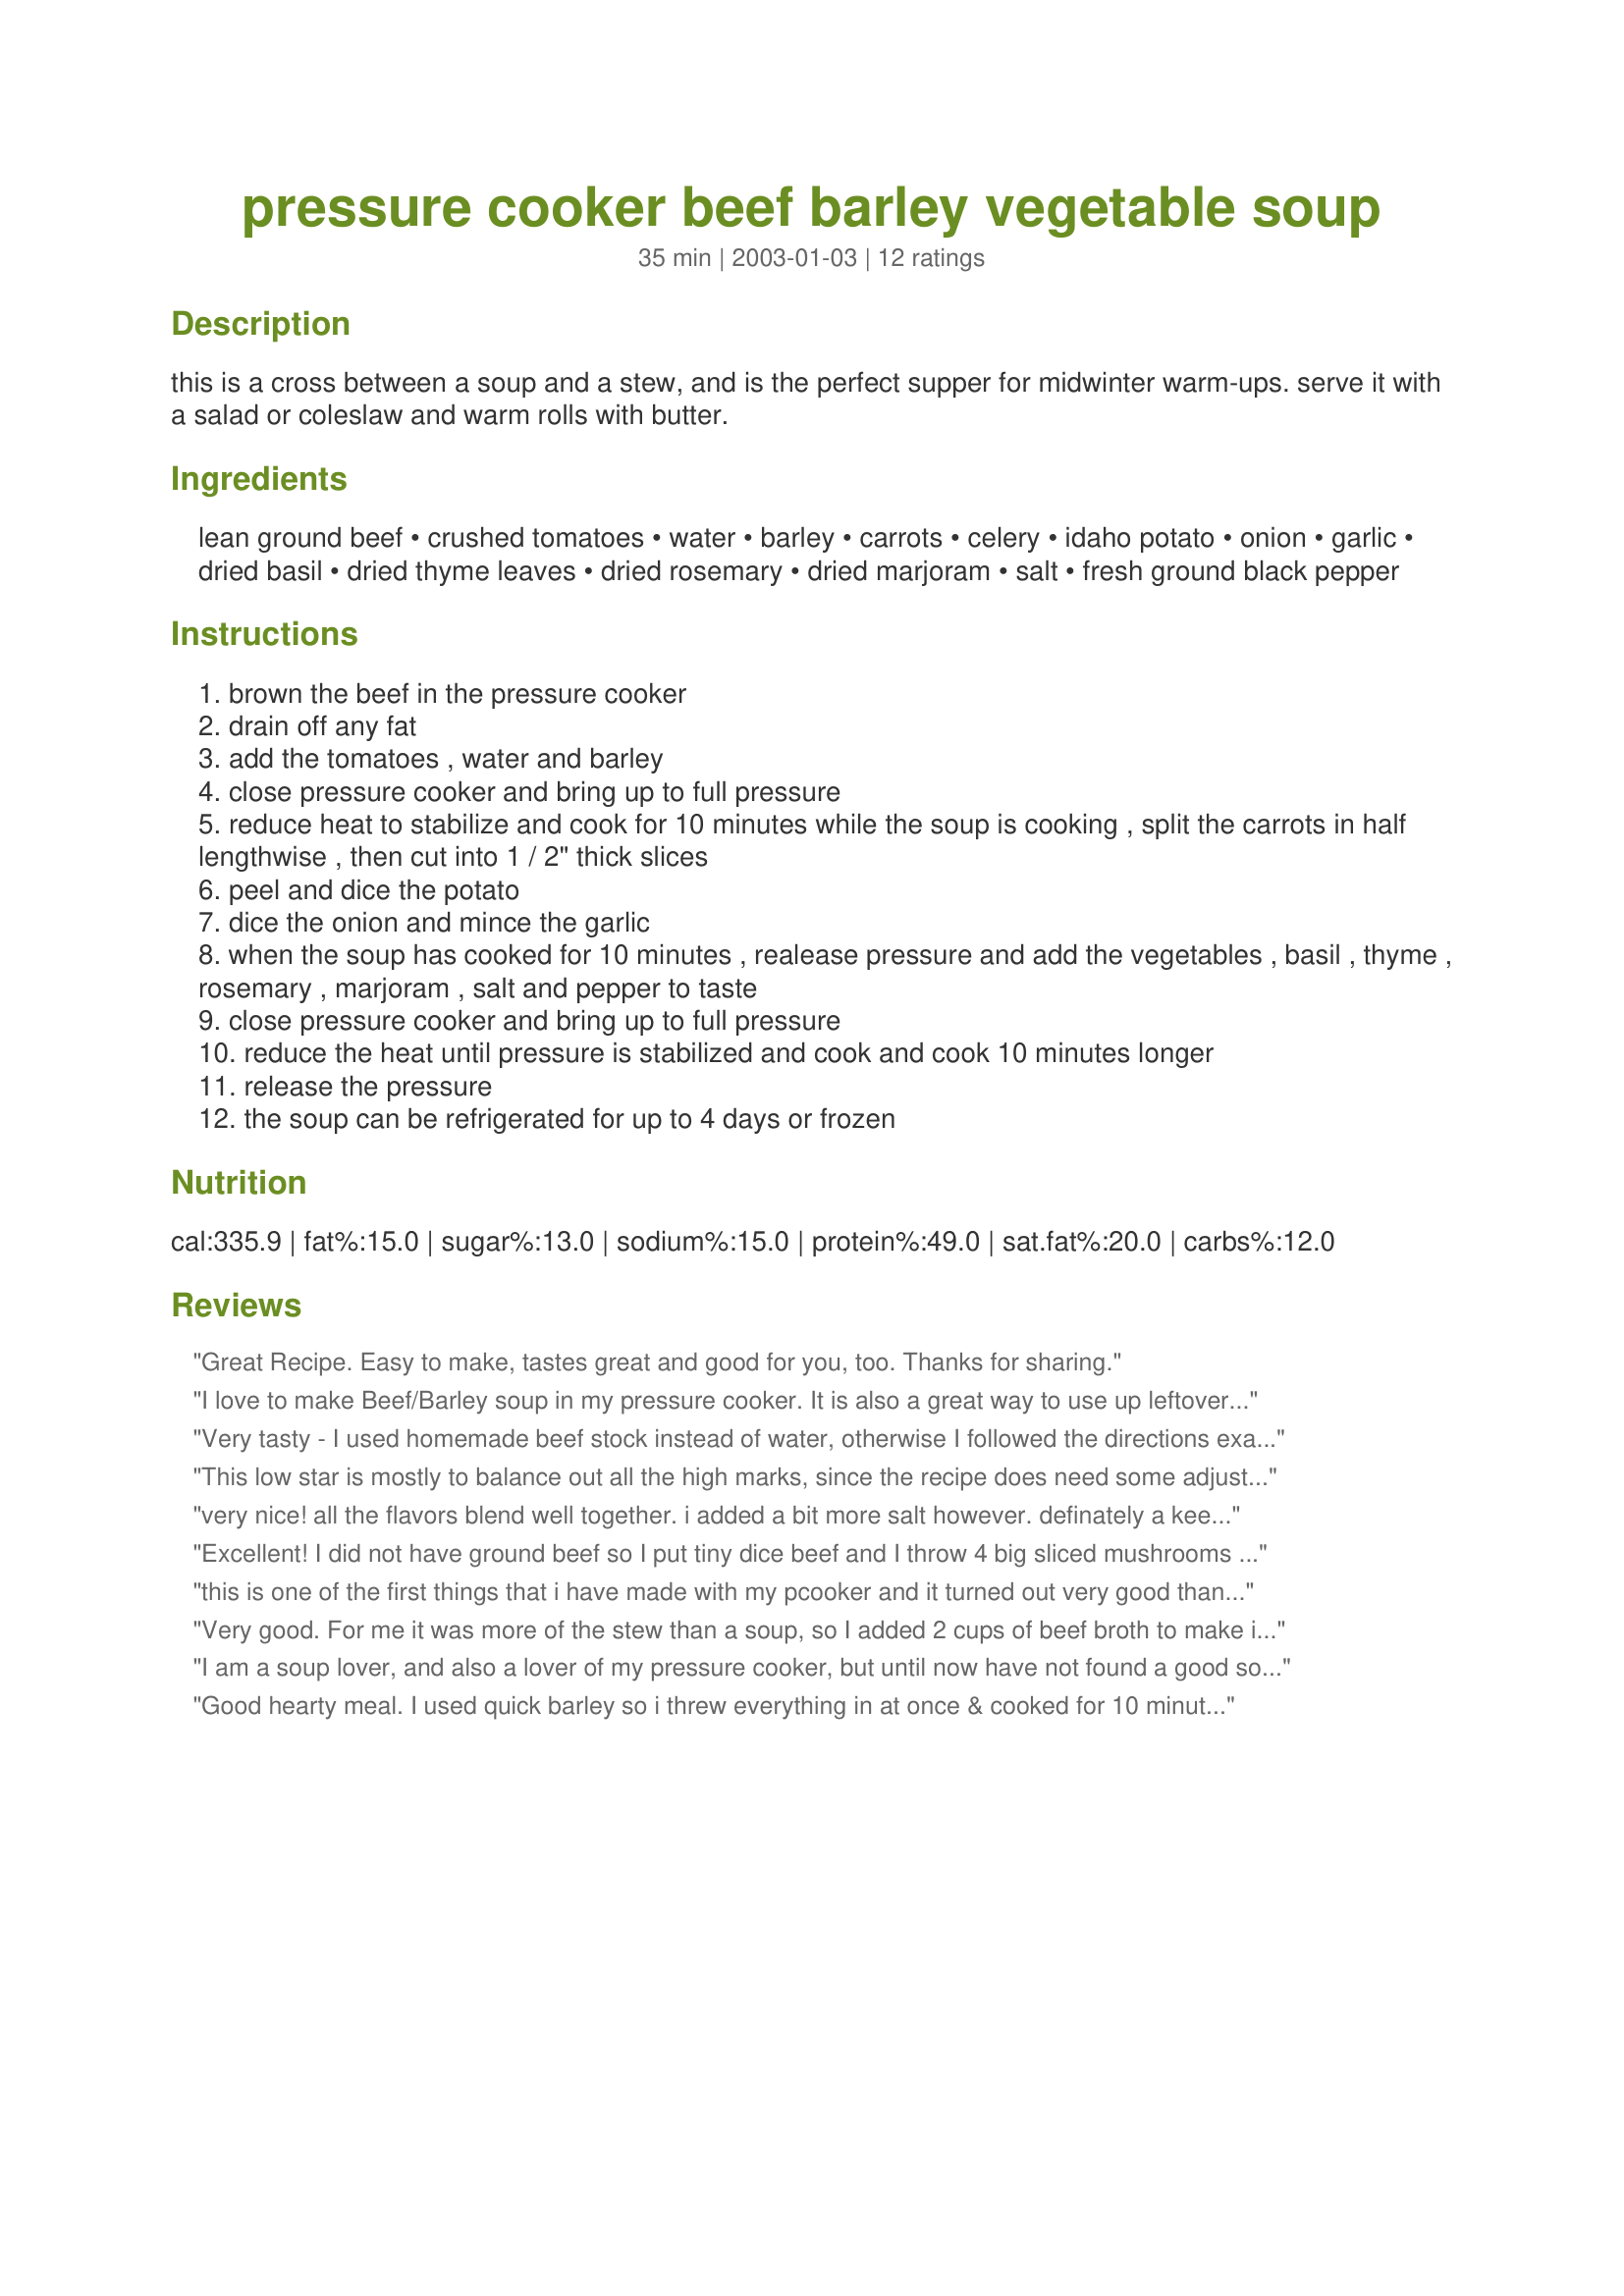
pressure cooker beef barley vegetable soup
Preparation time: 35 minutes

this is a cross between a soup and a stew, and is the perfect supper for midwinter warm-ups. serve it with a salad or coleslaw and warm rolls with butter.

Ingredients:
lean ground beef, crushed tomatoes, water, barley, carrots, celery, idaho potato, onion, garlic, dried basil, dried thyme leaves, dried rosemary, dried marjoram, salt, fresh ground black pepper

Steps:
brown the beef in the pressure cooker
drain off any fat
add the tomatoes , water and barley
close pressure cooker and bring up to full pressure
reduce heat to stabilize and cook for 10 minutes while the soup is cooking , split the carrots in half lengthwise , then cut into 1 / 2" thick slices
peel and dice the potato
dice the onion and mince the garlic
when the soup has cooked for 10 minutes , realease pressure and add the vegetables , basil , thyme , rosemary , marjoram , salt and pepper to taste
close pressure cooker and bring up to full pressure
reduce the heat until pressure is stabilized and cook and cook 10 minutes longer
release the pressure
the soup can be refrigerated for up to 4 days or frozen

Reviews:
Great Recipe. Easy to make, tastes great and good for you, too. Thanks for sharing.
I love to make Beef/Barley soup in my pressure cooker. It is also a great way to use up leftover roast beef!
Very tasty - I used homemade beef stock instead of water, otherwise I followed the directions exactly. When it was done, I added more salt, and it was so thick that I actually added about 1.5 cups of homemade chicken stock that I had in the fridge. It was still more stew than soup :)
I added some freshly grated parmesan for a garnish.
Note to other Zaarers: Beware of the amount your pressure cooker can hold. I have a Cuisinart 6-qt electric pressure cooker, and this recipe was technically too much volume for it, but I managed.
This low star is mostly to balance out all the high marks, since the recipe does need some adjustments. The meat needs to be browned in some oil, otherwise it will stick terribly to your pot. The recipe as it stands is VERY tomatoey, and acidy. The barley was also too chewy on the times given, and the soup was too thick. We ended up diluting it out with a couple cups of bouillon broth, and added some sugar, and it was very good at that point. I would recommend halving the tomato, increasing the liquids with a cup of bouillon, and possibly adding sugar to break up the acid.
very nice! all the flavors blend well together. i added a bit more salt however. definately a keeper.
Excellent! I did not have ground beef so I put tiny dice beef and I throw 4 big sliced mushrooms because they were looking at me with a cute face in the fridge so I wasn't able to resist LOL. And I add a cube of beef boullion instead of the salt. It was super good, thanks!
this is one of the first things that i have made with my pcooker and it turned out very good thank you.
Very good. For me it was more of the stew than a soup, so I added 2 cups of beef broth to make it soup consistency. I added it after opening pressure cooker and just brought soup to quick boil again. Thanks for a good recipe. I woulod make more than once for sure.
I am a soup lover, and also a lover of my pressure cooker, but until now have not found a good soup recipe. This is one of the easiest, healthiest and heartiest soups I have had, the whole family loves it. When shopping the ingredients, we could only find quick barley. I was also scared because some past pressure cooker soup experiments have cooked some of the vegetables okay, but others were severely over-cooked. So just for fun, I tried browning the meat, then adding all remaining ingredients and bringing to pressure for 10min (vs bringing to pressure two different times), this was perfection! Everything was cooked perfectly, and the flavor was great. I did increase the water 1/2 c, and also added 1/2lb frozen cut green beans to the mix, then after removing from pressure, I will add 1/3lb frozen peas. Much thanks to the author, we make this a few times a week!
Good hearty meal. I used quick barley so i threw everything in at once & cooked for 10 minutes (vs cooking the tomatoes, barley & water first for 10 minutes, opening it up & then adding everything else to cook for another 10). i think next time i'll add some cooked green beans at the end for some color & bite. I also added more salt to the end product. I served it with some yummy biscuits - great winter meal!
Good recipe...my DH loved it! Easy to make especially with the pressure cooker..I only used 1 lb. of lean ground beef and I added a bit more salt and pepper. A great healthy recipe we will definitly make again. Thanks:)
this is a great recipe! I made this today to share at work and everybody just loved it. It was so quick and easy to make. I will be making this often. Thanks for a great,quick and easy recipe.
